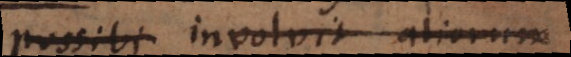
possibi involvit aliorum